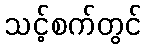
သင့်စက်တွင်